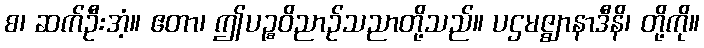
စ၊ ဆက်ဦးအံ့။ ဧတာ၊ ဤပဉ္စဝိညာဉ်သညာတို့သည်။ ပဌမဇ္ဈာနာဒီနိ၊ တို့ကို။